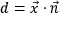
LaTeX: d = { \vec { x } } \cdot { \vec { n } }